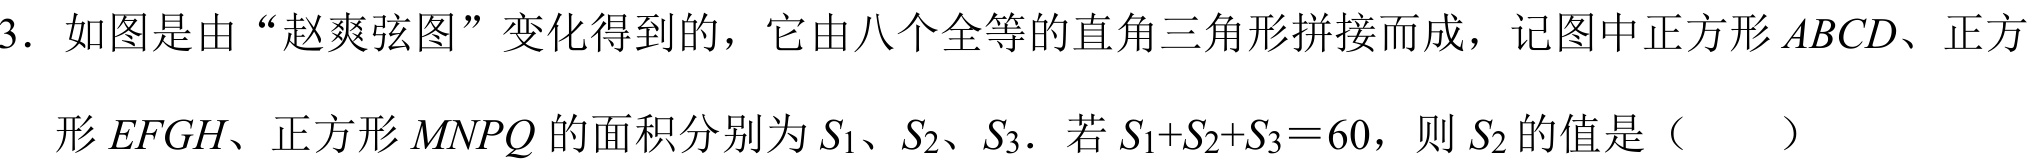
3. 如图是由 “赵爽弦图” 变化得到的，它由八个全等的直角三角形拼接而成，记图中正方形 \(ABCD\)、正方
形 \(EFGH\)、正方形 \(MNPQ\) 的面积分别为 \(S_{1}\)、\(S_{2}\)、\(S_{3}\)．若 \(S_{1}+S_{2}+S_{3}=60\)，则 \(S_{2}\) 的值是（  ）